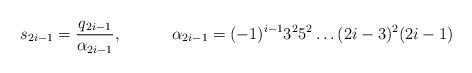
LaTeX: \begin{align*}s_{2i-1} = \frac{q_{2i-1}}{\alpha_{2i-1}}, & & \alpha_{2i-1} = (-1)^{i-1} 3^25^2\ldots (2i-3)^2 (2i-1)\end{align*}